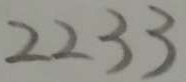
2 2 3 3